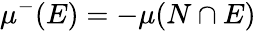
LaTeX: \mu^{-}(E)=-\mu(N\cap E)